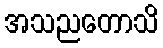
အသညတောသိ